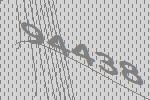
94438